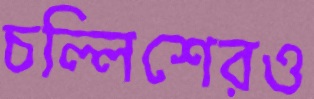
চল্লিশেরও